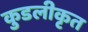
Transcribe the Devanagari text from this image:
कुडलीकृत